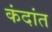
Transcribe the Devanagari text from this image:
कंदांत